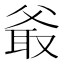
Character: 𤕖